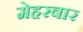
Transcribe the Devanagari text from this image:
मेहरबार